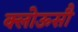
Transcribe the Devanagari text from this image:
क्लोऊसौ